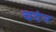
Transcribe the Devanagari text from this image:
चदंन